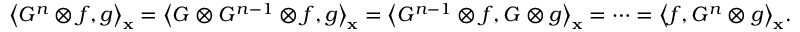
{ \left\langle { { G ^ { n } } \otimes f , g } \right\rangle _ { \bf { x } } } = { \left\langle { G \otimes { G ^ { n - 1 } } \otimes f , g } \right\rangle _ { \bf { x } } } = { \left\langle { { G ^ { n - 1 } } \otimes f , G \otimes g } \right\rangle _ { \bf { x } } } = \cdots = { \left\langle { f , { G ^ { n } } \otimes g } \right\rangle _ { \bf { x } } } .